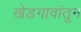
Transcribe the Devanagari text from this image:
खेडगावांतून